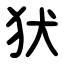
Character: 犾